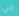
انها